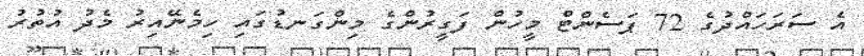
އެ ސަރަަހައްދުގެ 72 ޕަސެންޓް މީހުން ފަގީރުންގެ މިންގަނޑުގައި ހިމެނޭއިރު މެދު އުތުރު